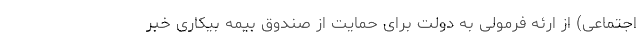
اجتماعی) از ارئه فرمولی به دولت برای حمایت از صندوق بیمه بیکاری خبر